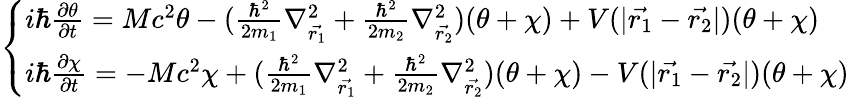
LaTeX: \left\{ \begin{array}{l}{{i\hbar\frac{\partial\theta}{\partial t}=Mc^{2}\theta-(\frac{\hbar^{2}}{2m_{1}}\nabla_{\vec{r_{1}}}^{2}+\frac{\hbar^{2}}{2m_{2}}\nabla_{\vec{r_{2}}}^{2})(\theta+\chi)+V(|\vec{r_{1}}-\vec{r_{2}}|)(\theta+\chi)}}\\ {{i\hbar\frac{\partial\chi}{\partial t}=-Mc^{2}\chi+(\frac{\hbar^{2}}{2m_{1}}\nabla_{\vec{r_{1}}}^{2}+\frac{\hbar^{2}}{2m_{2}}\nabla_{\vec{r_{2}}}^{2})(\theta+\chi)-V(|\vec{r_{1}}-\vec{r_{2}}|)(\theta+\chi)}}\end{array}\right.